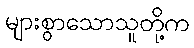
များစွာသောသူတို့က